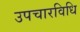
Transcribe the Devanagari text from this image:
उपचारविधि